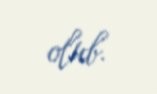
olub.